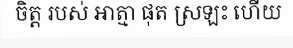
ចិត្ត របស់ អាត្មា ផុត ស្រឡះ ហើយ